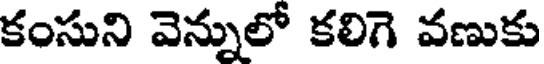
కంసుని వెన్నులో కలిగె వణుకు